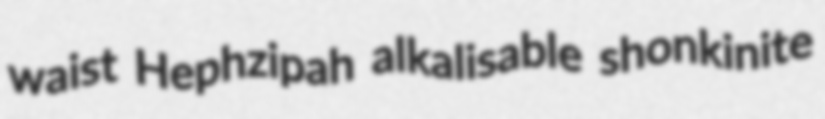
waist Hephzipah alkalisable shonkinite